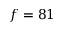
f = 8 1